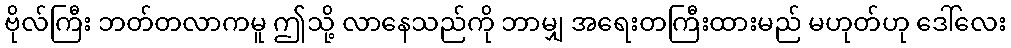
ဗိုလ်ကြီး ဘတ်တလာကမူ ဤသို့ လာနေသည်ကို ဘာမျှ အရေးတကြီးထားမည် မဟုတ်ဟု ဒေါ်လေး